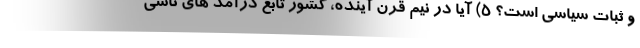
و ثبات سیاسی است؟ 5) آیا در نیم قرنِ آینده، کشور تابع درآمد های ناشی